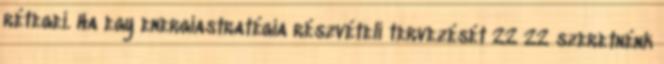
rétegei. Ha egy energiastratégia részvételi tervezését 22 22 szeretnénk